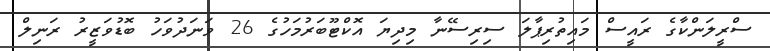
ސްރީލަންކާގެ ރައީސް މައިތުރިޕާލަ ސިރިސޭނާ މިދިޔަ އޮކްޓޫބަރުމަހުގެ 26 ވަނަދުވަހު ބޮޑުވަޒީރު ރަނިލް